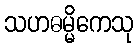
သဟဓမ္မိကေသု